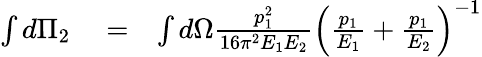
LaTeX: \begin{array}{rlr}{\int d\Pi_{2}}&{{}=}&{\int d\Omega\frac{p_{1}^{2}}{16\pi^{2}E_{1}E_{2}}\left(\frac{p_{1}}{E_{1}}+\frac{p_{1}}{E_{2}}\right)^{-1}}\end{array}